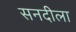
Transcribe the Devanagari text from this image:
सनदीला